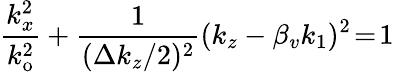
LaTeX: \frac{k_{x}^{2}}{k_{\mathrm{o}}^{2}}+\frac{1}{(\Delta k_{z}/2)^{2}}(k_{z}-\beta_{v}k_{1})^{2}\! =\! 1